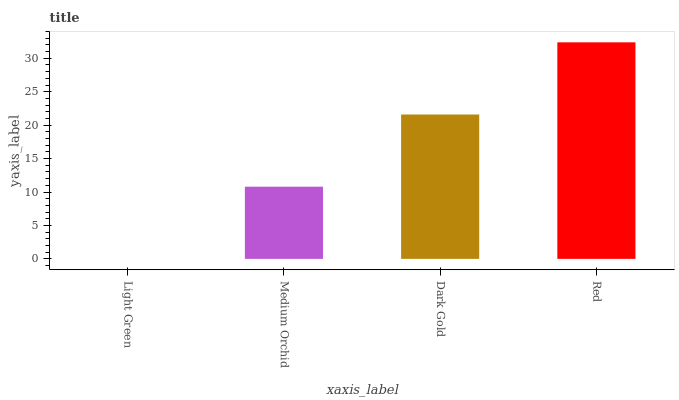
| xaxis_label | bars |
 | --- | --- |
 | Light Green | 0 |
 | Medium Orchid | 10.8 |
 | Dark Gold | 21.6 |
 | Red | 32.4 |